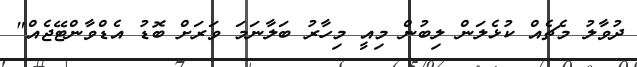
ދުވާލު މެޗެއް ކުޅެލަން ލިބުން މިއީ މިހާރު ބަލާނަމަ ވަރަށް ބޮޑު އެޑްވާންޓޭޖެއް"